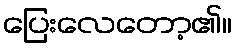
ပြေးလေတော့၏။